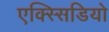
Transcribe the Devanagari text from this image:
एक्स्सिडियो